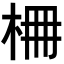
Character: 𣑭